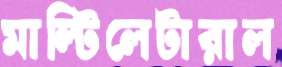
মাল্টিলেটারাল